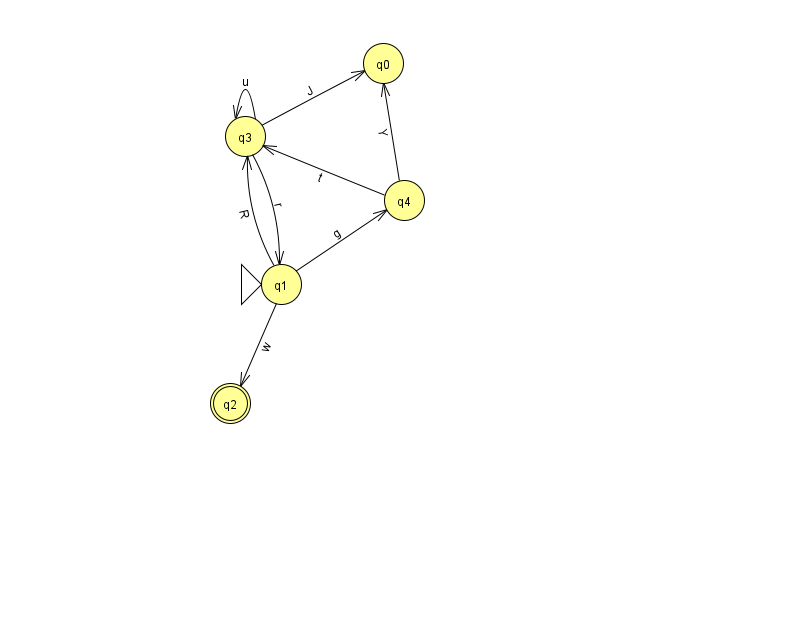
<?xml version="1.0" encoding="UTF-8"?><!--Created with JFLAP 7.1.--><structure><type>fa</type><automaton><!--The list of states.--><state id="0" name="q0"><x>383.0</x><y>50.0</y></state><state id="1" name="q1"><x>281.0</x><y>271.0</y><initial/></state><state id="2" name="q2"><x>230.0</x><y>390.0</y><final/></state><state id="3" name="q3"><x>245.0</x><y>123.0</y></state><state id="4" name="q4"><x>404.0</x><y>187.0</y></state><!--The list of transitions.--><transition><from>4</from><to>3</to><read>t</read></transition><transition><from>1</from><to>3</to><read>R</read></transition><transition><from>1</from><to>4</to><read>g</read></transition><transition><from>3</from><to>1</to><read>r</read></transition><transition><from>3</from><to>3</to><read>u</read></transition><transition><from>1</from><to>2</to><read>w</read></transition><transition><from>3</from><to>0</to><read>J</read></transition><transition><from>4</from><to>0</to><read>Y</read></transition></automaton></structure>